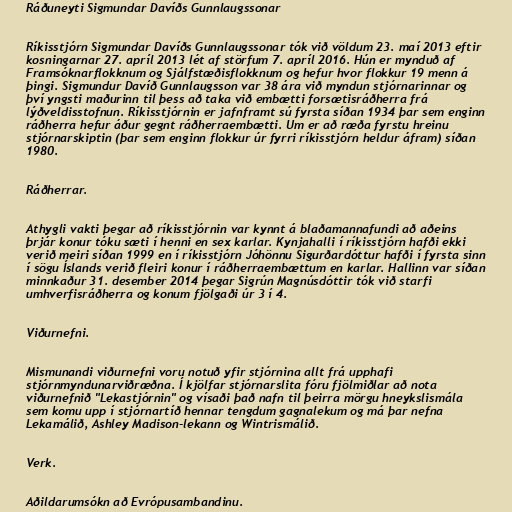
Ráðuneyti Sigmundar Davíðs Gunnlaugssonar

Ríkisstjórn Sigmundar Davíðs Gunnlaugssonar tók við völdum 23. maí 2013 eftir
kosningarnar 27. apríl 2013 lét af störfum 7. apríl 2016. Hún er mynduð af
Framsóknarflokknum og Sjálfstæðisflokknum og hefur hvor flokkur 19 menn á
þingi. Sigmundur Davíð Gunnlaugsson var 38 ára við myndun stjórnarinnar og
því yngsti maðurinn til þess að taka við embætti forsætisráðherra frá
lýðveldisstofnun. Ríkisstjórnin er jafnframt sú fyrsta síðan 1934 þar sem enginn
ráðherra hefur áður gegnt ráðherraembætti. Um er að ræða fyrstu hreinu
stjórnarskiptin (þar sem enginn flokkur úr fyrri ríkisstjórn heldur áfram) síðan
1980.

Ráðherrar.

Athygli vakti þegar að ríkisstjórnin var kynnt á blaðamannafundi að aðeins
þrjár konur tóku sæti í henni en sex karlar. Kynjahalli í ríkisstjórn hafði ekki
verið meiri síðan 1999 en í ríkisstjórn Jóhönnu Sigurðardóttur hafði í fyrsta sinn
í sögu Íslands verið fleiri konur í ráðherraembættum en karlar. Hallinn var síðan
minnkaður 31. desember 2014 þegar Sigrún Magnúsdóttir tók við starfi
umhverfisráðherra og konum fjölgaði úr 3 í 4.

Viðurnefni.

Mismunandi viðurnefni voru notuð yfir stjórnina allt frá upphafi
stjórnmyndunarviðræðna. Í kjölfar stjórnarslita fóru fjölmiðlar að nota
viðurnefnið "Lekastjórnin" og vísaði það nafn til þeirra mörgu hneykslismála
sem komu upp í stjórnartíð hennar tengdum gagnalekum og má þar nefna
Lekamálið, Ashley Madison-lekann og Wintrismálið.

Verk.

Aðildarumsókn að Evrópusambandinu.